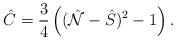
LaTeX: \begin{align*}\hat{C}=\frac{3}{4}\left((\hat{\cal N}-\hat{S})^2-1\right).\end{align*}